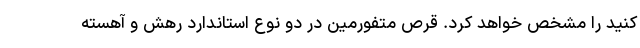
کنید را مشخص خواهد کرد. قرص متفورمین در دو نوع استاندارد رهش و آهسته